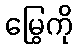
မြွေကို